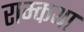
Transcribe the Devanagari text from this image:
राम्कथा